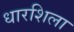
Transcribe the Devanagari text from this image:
धारशिला